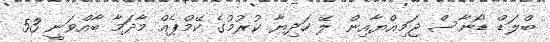
ބްލަޑް ޑޯނާސް ޖަމިއްޔާއިން ލޭ ހަދިޔާ ކުރުމުގެ ކޭމްޕެއް މާދަމާ ބާއްވަނީ 53